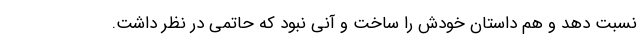
نسبت دهد و هم داستان خودش را ساخت و آنی نبود که حاتمی در نظر داشت.